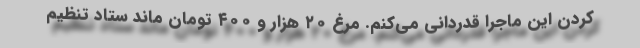
کردن این ماجرا قدردانی می‌کنم. مرغ ۲۰ هزار و ۴۰۰ تومان ماند ستاد تنظیم